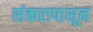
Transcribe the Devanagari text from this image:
संकरापासून